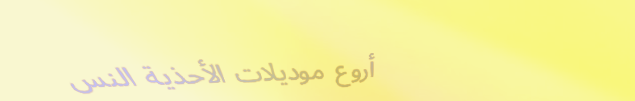
أروع موديلات الأحذية النس